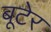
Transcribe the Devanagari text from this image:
बूटेर